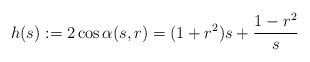
\begin{align*} h(s):=2\cos \alpha(s,r)=(1+r^2)s+\frac{1-r^2}s\end{align*}